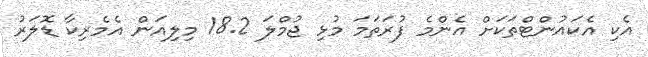
އެކި އެކައުންޓްތަކަށް އެންމެ ފުރަތަމަ މުޅި ޖުމްލަ 18.2 މިލިއަން އެމެރިކާ ޑޮލަރު